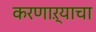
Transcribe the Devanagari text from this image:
करणाऱ्याचा